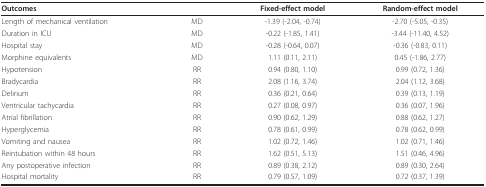
<table><thead><tr><td colspan="2"><b>Outcomes</b></td><td><b>Fixed-effect model</b></td><td><b>Random-effect model</b></td></tr></thead><tbody><tr><td>Length of mechanical ventilation</td><td>MD</td><td>-1.39 (-2.04, -0.74)</td><td>-2.70 (-5.05, -0.35)</td></tr><tr><td>Duration in ICU</td><td>MD</td><td>-0.22 (-1.85, 1.41)</td><td>-3.44 (-11.40, 4.52)</td></tr><tr><td>Hospital stay</td><td>MD</td><td>-0.28 (-0.64, 0.07)</td><td>-0.36 (-0.83, 0.11)</td></tr><tr><td>Morphine equivalents</td><td>MD</td><td>1.11 (0.11, 2.11)</td><td>0.45 (-1.86, 2.77)</td></tr><tr><td>Hypotension</td><td>RR</td><td>0.94 (0.80, 1.10)</td><td>0.99 (0.72, 1.36)</td></tr><tr><td>Bradycardia</td><td>RR</td><td>2.08 (1.16, 3.74)</td><td>2.04 (1.12, 3.68)</td></tr><tr><td>Delirium</td><td>RR</td><td>0.36 (0.21, 0.64)</td><td>0.39 (0.13, 1.19)</td></tr><tr><td>Ventricular tachycardia</td><td>RR</td><td>0.27 (0.08, 0.97)</td><td>0.36 (0.07, 1.96)</td></tr><tr><td>Atrial fibrillation</td><td>RR</td><td>0.90 (0.62, 1.29)</td><td>0.88 (0.62, 1.27)</td></tr><tr><td>Hyperglycemia</td><td>RR</td><td>0.78 (0.61, 0.99)</td><td>0.78 (0.62, 0.99)</td></tr><tr><td>Vomiting and nausea</td><td>RR</td><td>1.02 (0.72, 1.46)</td><td>1.02 (0.71, 1.46)</td></tr><tr><td>Reintubation within 48 hours</td><td>RR</td><td>1.62 (0.51, 5.13)</td><td>1.51 (0.46, 4.96)</td></tr><tr><td>Any postoperative infection</td><td>RR</td><td>0.89 (0.38, 2.12)</td><td>0.89 (0.30, 2.64)</td></tr><tr><td>Hospital mortality</td><td>RR</td><td>0.79 (0.57, 1.09)</td><td>0.72 (0.37, 1.39)</td></tr></tbody></table>